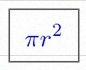
\pi r^2